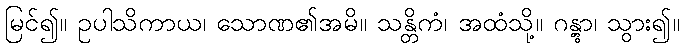
မြင်၍။ ဥပါသိကာယ၊ သောဏ၏အမိ။ သန္တိကံ၊ အထံသို့။ ဂန္တွာ၊ သွား၍။